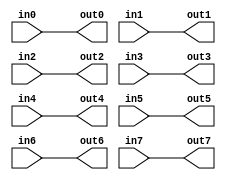
`timescale 1ns / 1ps
//////////////////////////////////////////////////////////////////////////////////
// Company: 
// Engineer: 
// 
// Design Name: 
// Module Name: lab121
// Project Name: 
// Target Devices: 
// Tool Versions: 
// Description: 
// 
// Dependencies: 
// 
// Revision:
// Revision 0.01 - File Created
// Additional Comments:
// 
//////////////////////////////////////////////////////////////////////////////////


module lab121(
    input  in0,
    input  in1,
    input  in2,
    input  in3,
    input  in4,
    input  in5,
    input  in6,
    input  in7,
    output out0,
    output out1,
    output out2,
    output out3,
    output out4,
    output out5,
    output out6,
    output out7
    );
    assign out0 = in0;
    assign out1 = in1;
    assign out2 = in2;
    assign out3 = in3;
    assign out4 = in4;
    assign out5 = in5;
    assign out6 = in6;
    assign out7 = in7;
    
endmodule